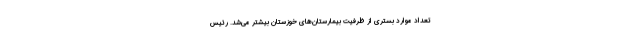
تعداد موارد بستری از ظرفیت بیمارستان‌های خوزستان بیشتر می‌شد. رئیس